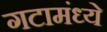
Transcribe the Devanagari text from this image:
गटामंध्ये